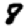
Digit: 8